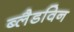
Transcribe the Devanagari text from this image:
ब्लैडविन